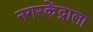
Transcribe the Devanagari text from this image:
नगरकेंद्राला